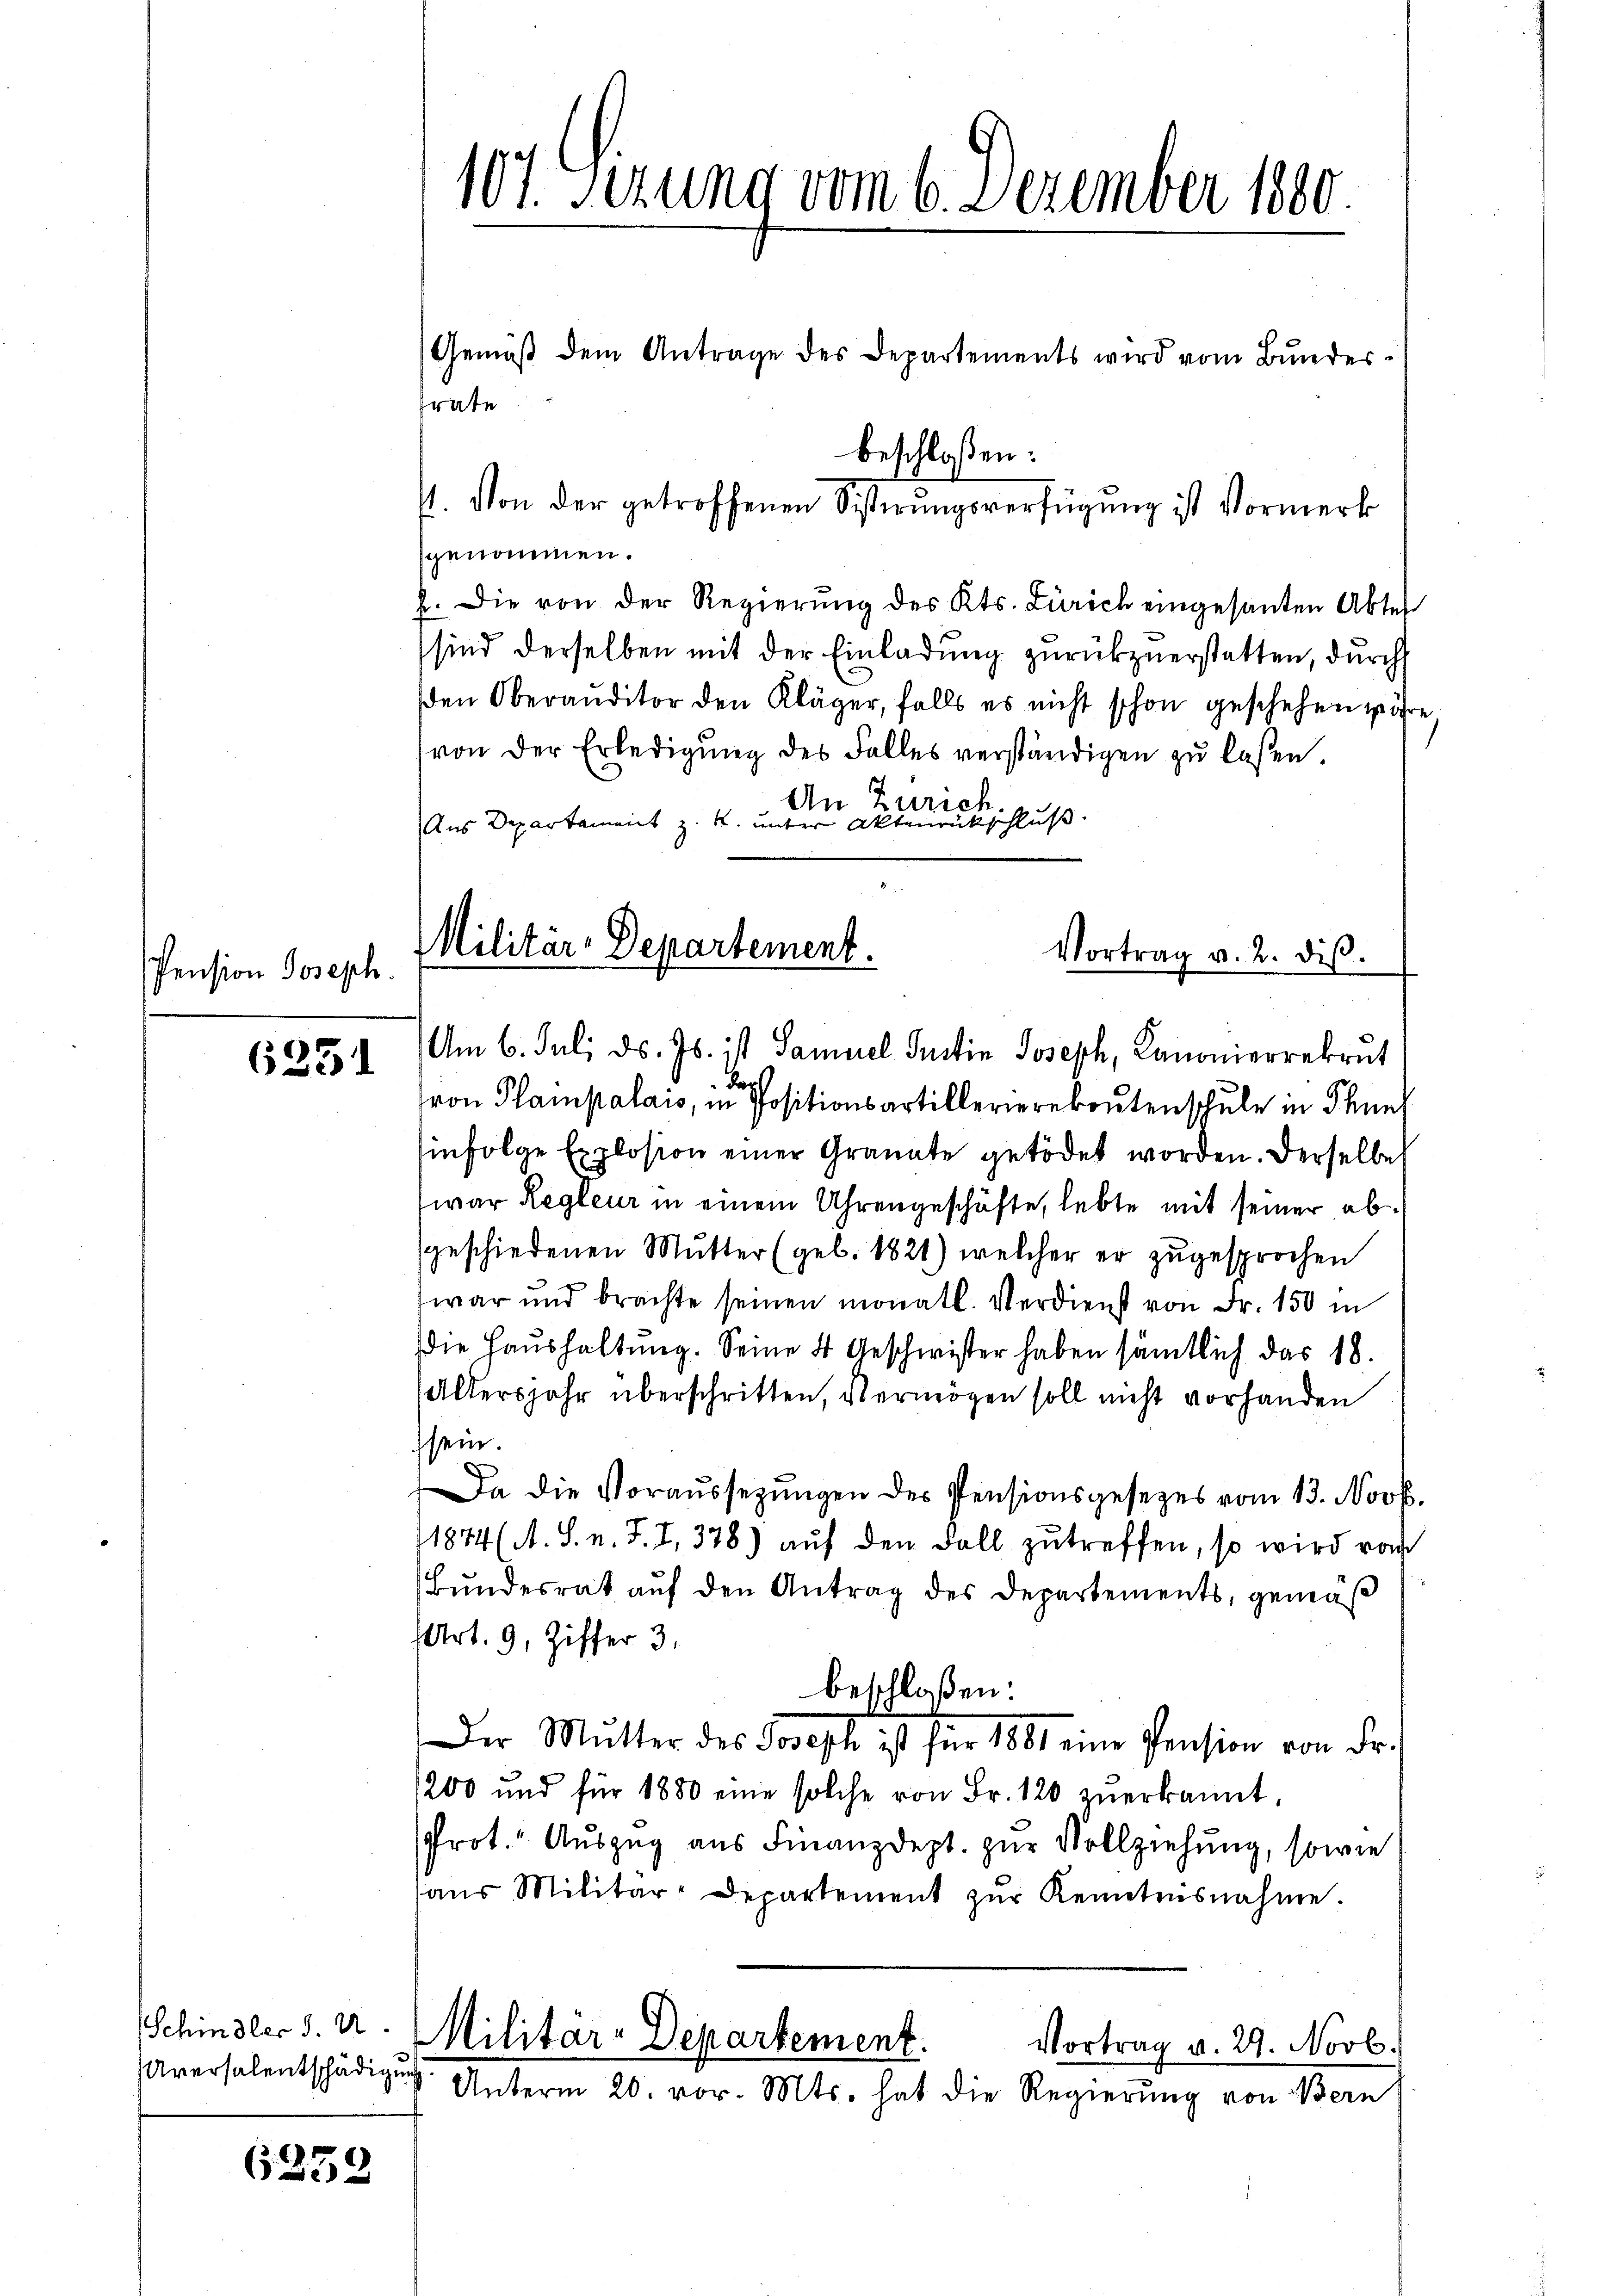
Pension Joseph.

6251

Gemäß dem Antrage des Departements wird vom Bundes
genommen.
2. Die von der Regierung des Kts. Zürich eingesanten Abtes
sind derselben mit der Einladung zurückzuerstatten, durch
den Oberauditor den Kläger, falls es nicht schon geschehen wäre
von der Erledigung des Falles verständigen zu laßen.
An Zürich.
Aus Departement z. R. unter Aktenrückschluß.
Militär-Departement.
Vortrag v. 2. diβ.

Aversalentschädigung

6359

107. Sizung vom 6. Dezember 1800.

frate

st. Von der getroffenen Sistirungsverfügung ist Vormerk

beschlossen:

Am 6. Juli d. Js. ist Samuel Justin Joseph, Canonierrekrut
der
ron Plampalais, in Positionsartillerierekrutenschule in Thun
hinfolge Explosion einer Granate getödet worden. Derselbe
war Regleur in einem Uhrengeschäfte, lebte mit seiner absgeschiedenen Mutter (geb. 1821) welcher er zŭgesprochen
war und brachte seinen monatl. Verdienst von Fr. 150 in
die Haushaltung. Seine 4 Geschwister haben sämtlich das 18.
Altersjahr überschritten, vermögen soll nicht vorhanden
ssein.
Da die Voraŭssetzŭngen der Pensionsgesezes vom 13. Novb
11874 (A. S. n. F. I. 378) aŭf den Fall zŭ treffen, so wird von
Bundesrat auf den Antrag des Departements, gemäß
Art. 9, Ziffer 3.
beschloßen:
Der Mŭtter des Joseph ist für 1881 eine Pension von Fr.
1200 und für 1880 eine solche von Fr. 120 zŭerkannt,
Prot. Auszug aus Finanzdept. zur Vollziehung, sowie
aŭs Militär-Departement zŭr Kenntensnahme.
Schindler d. M. Militar-Departement.
Vortrag v. 29. Novb.
Unterm 20. vor. Mts. hat die Regierung von Bern